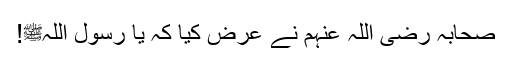
صحابہ رضی اللہ عنہم نے عرض کیا کہ یا رسول اللہﷺ!